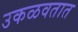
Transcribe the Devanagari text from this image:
उकळवतात